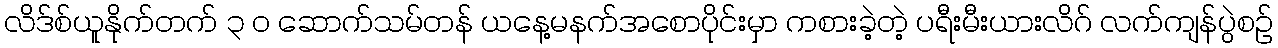
လိဒ်စ်ယူနိုက်တက် ၃ ၀ ဆောက်သမ်တန် ယနေ့မနက်အစောပိုင်းမှာ ကစားခဲ့တဲ့ ပရီးမီးယားလိဂ် လက်ကျန်ပွဲစဉ်